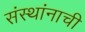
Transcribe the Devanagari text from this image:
संस्थांनाची